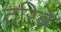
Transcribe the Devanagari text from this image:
दरिबे